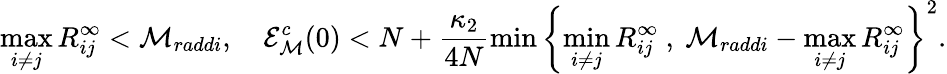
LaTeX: \operatorname*{max}_{i\neq j}R_{ij}^{\infty}<\mathcal{M}_{raddi},\quad\mathcal{E}_{{\mathcal M}}^{c}(0)<N+\frac{\kappa_{2}}{4N}\operatorname*{min}\left\{ \operatorname*{min}_{i\neq j}R_{ij}^{\infty}~,~\mathcal{M}_{raddi}-\operatorname*{max}_{i\neq j}R_{ij}^{\infty}\right\} ^{2}.